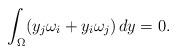
LaTeX: \begin{align*}\int_{\Omega} (y_j\omega_i + y_i\omega_j) \, dy = 0.\end{align*}